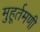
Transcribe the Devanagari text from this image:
मुहूर्तमणी